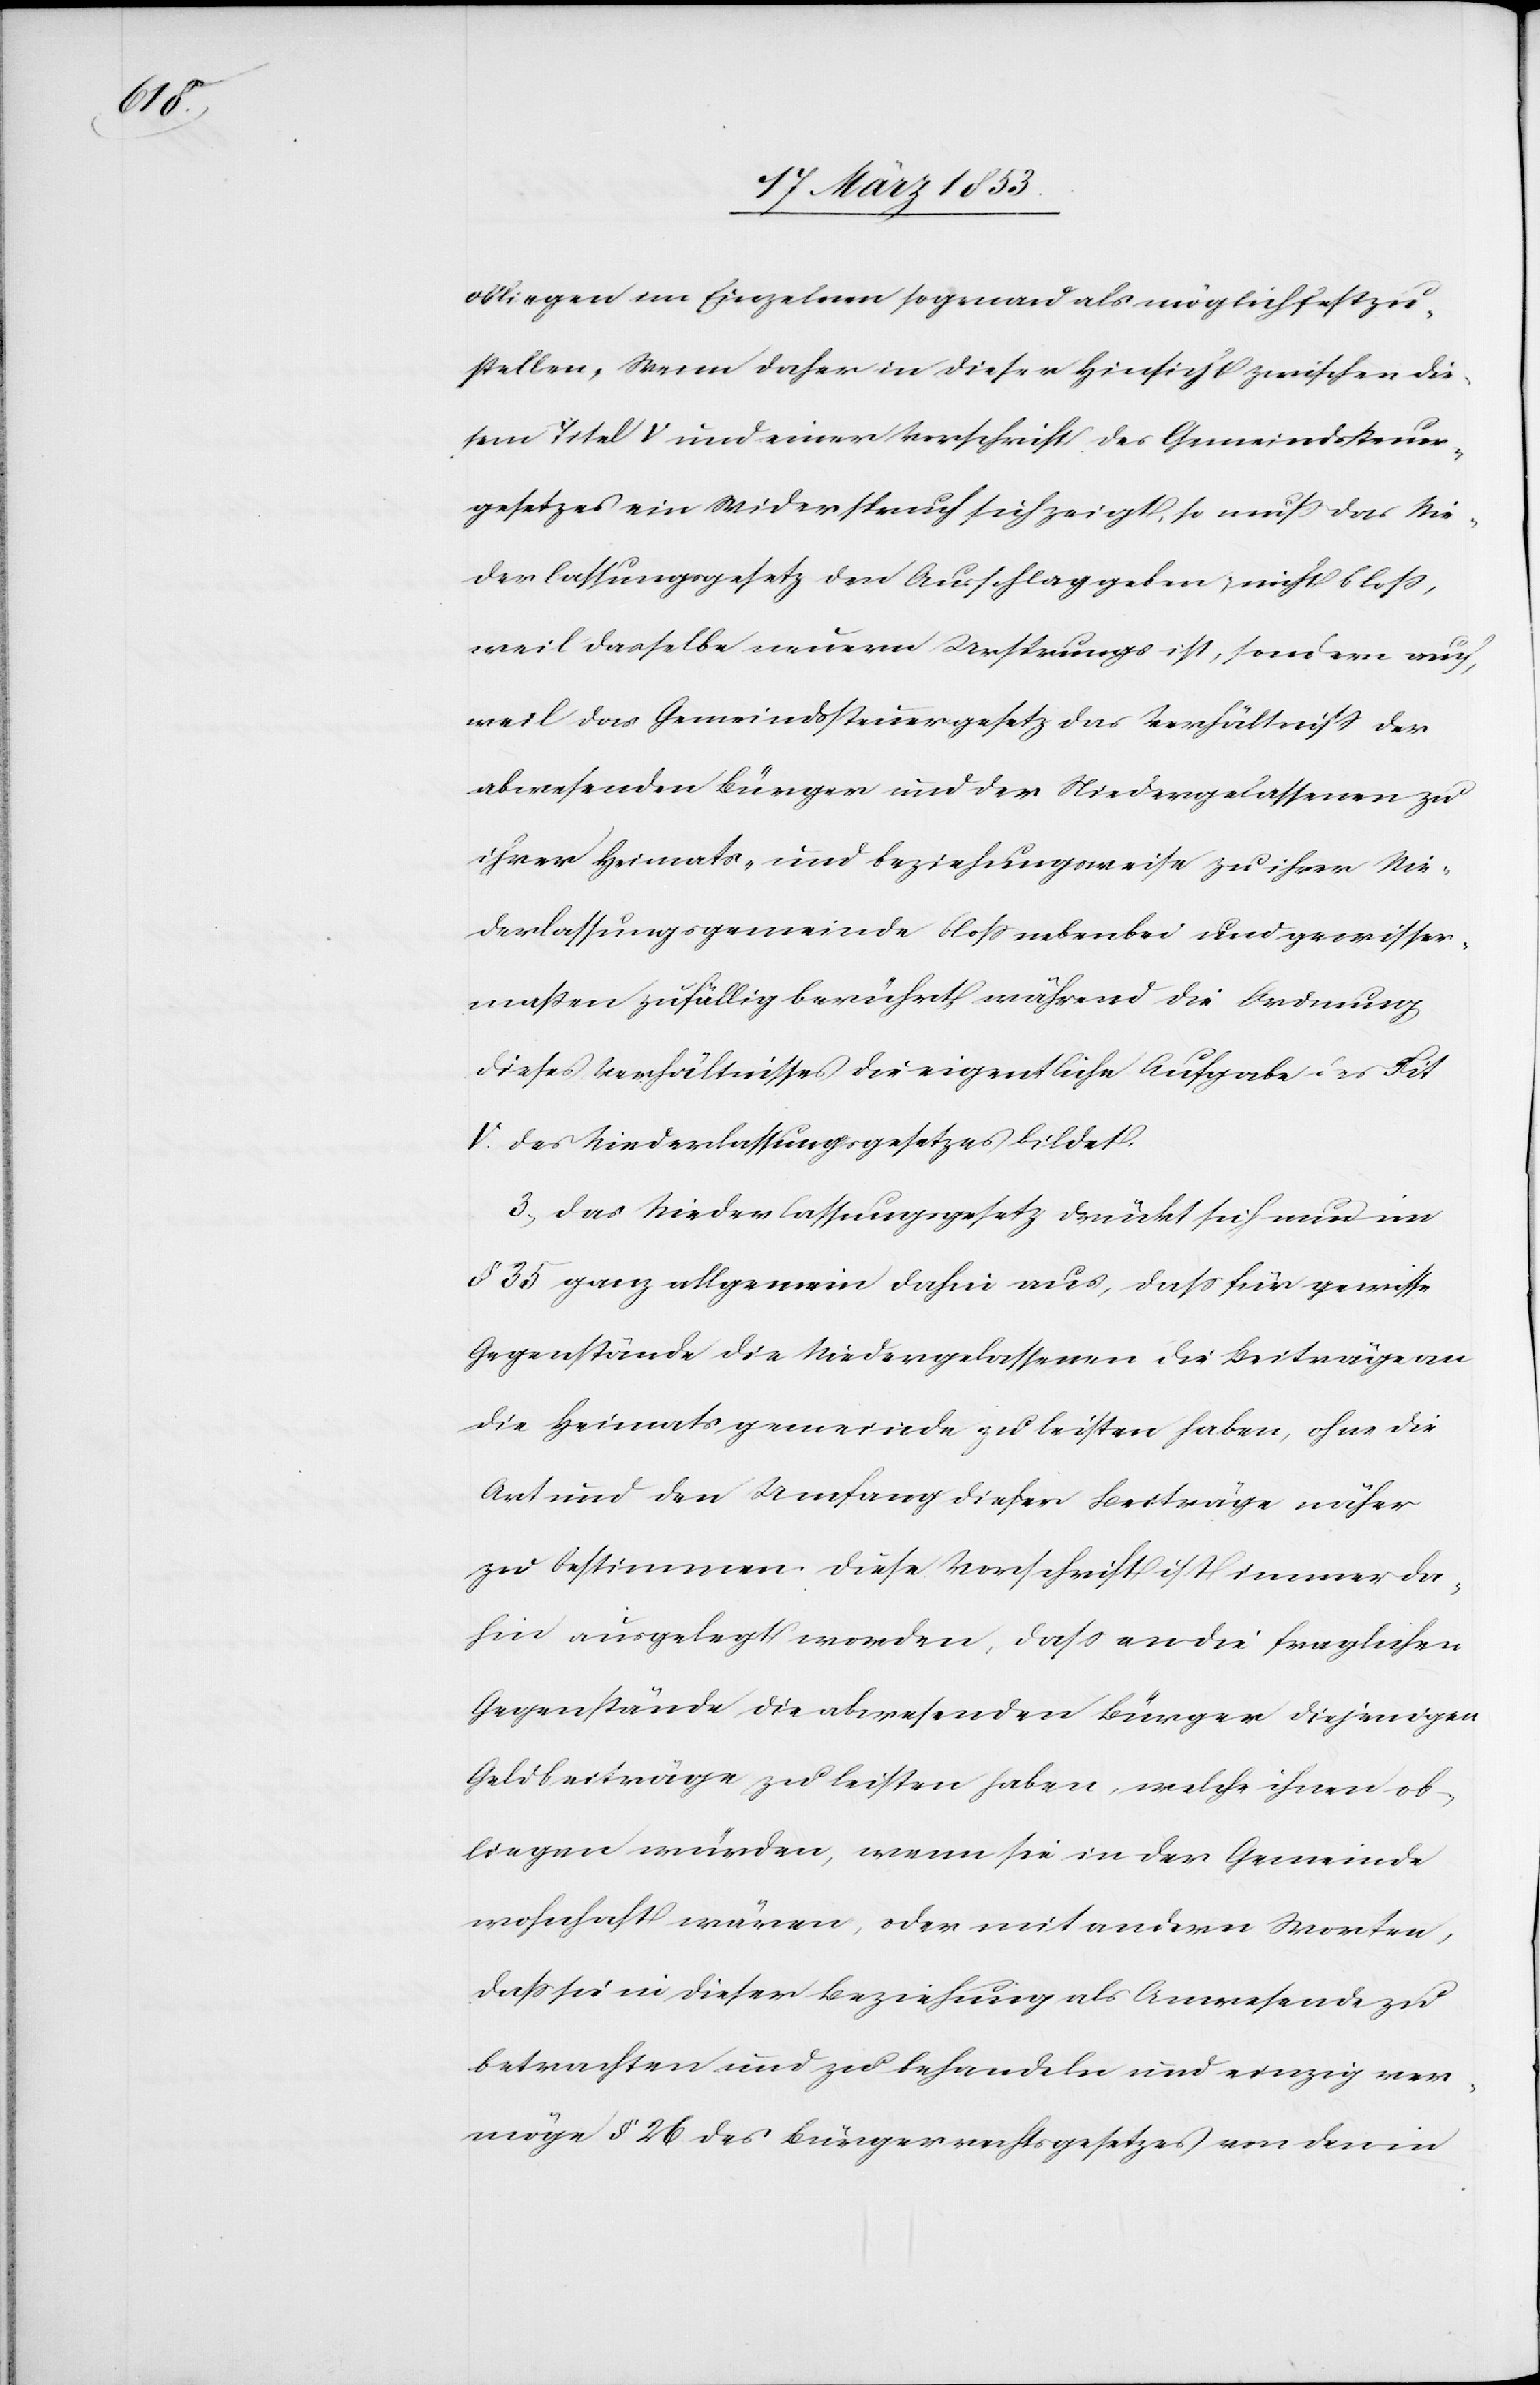
obliegen im Einzelnen sogenau als möglich festzu¬
stellen. Wenn daher in dieser Hinsicht zwischen die¬
sem Titel V und einer Vorschrift des Gemeindssteuer¬
gesetzes ein Widerspruch sich zeigt, so muß das Nie¬
derlassungsgesetz den Ausschlag geben, nicht bloß,
weil dasselbe neuern Ursprungs ist, sondern auch,
weil das Gemeindssteuergesetz das Verhältniß der
abwesenden Bürger und der Niedergelassenen zu
ihrer Heimats- und beziehungsweise zu ihrer Nie¬
derlassungsgemeinde bloß nebenbei und gewisser¬
maßen zufällig berührt während die Ordnung,
dieses Verhältnisses die eigentliche Aufgabe des Tit.
V. des Niederlassungsgesetzes bildet.
3., Das Niederlassungsgesetz drückt sich nun im
§ 35 ganz allgemein dahin aus, daß für gewisse
Gegenstände die Niedergelassenen die Beiträge an
die Heimatsgemeinde zu leisten haben, ohne die
Art und den Umfang dieser Beiträge näher
zu bestimmen. Diese Vorschrift ist immer da¬
hin ausgelegt worden, daß an die fraglichen
Gegenstände die abwesenden Bürger diejenigen
Geldbeiträge zu leisten haben, welche ihnen ob¬
liegen würden, wenn sie in der Gemeinde
wohnhaft wären, oder mit andern Worten,
daß sie in dieser Beziehung als Anwesende zu
betrachten und behandeln und einzig ver¬
möge § 26 des Bürgerrechtsgesetzes von den in